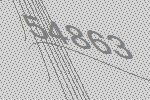
54863